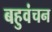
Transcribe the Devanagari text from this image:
बहुवंचन